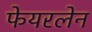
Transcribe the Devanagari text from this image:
फेयरलेन